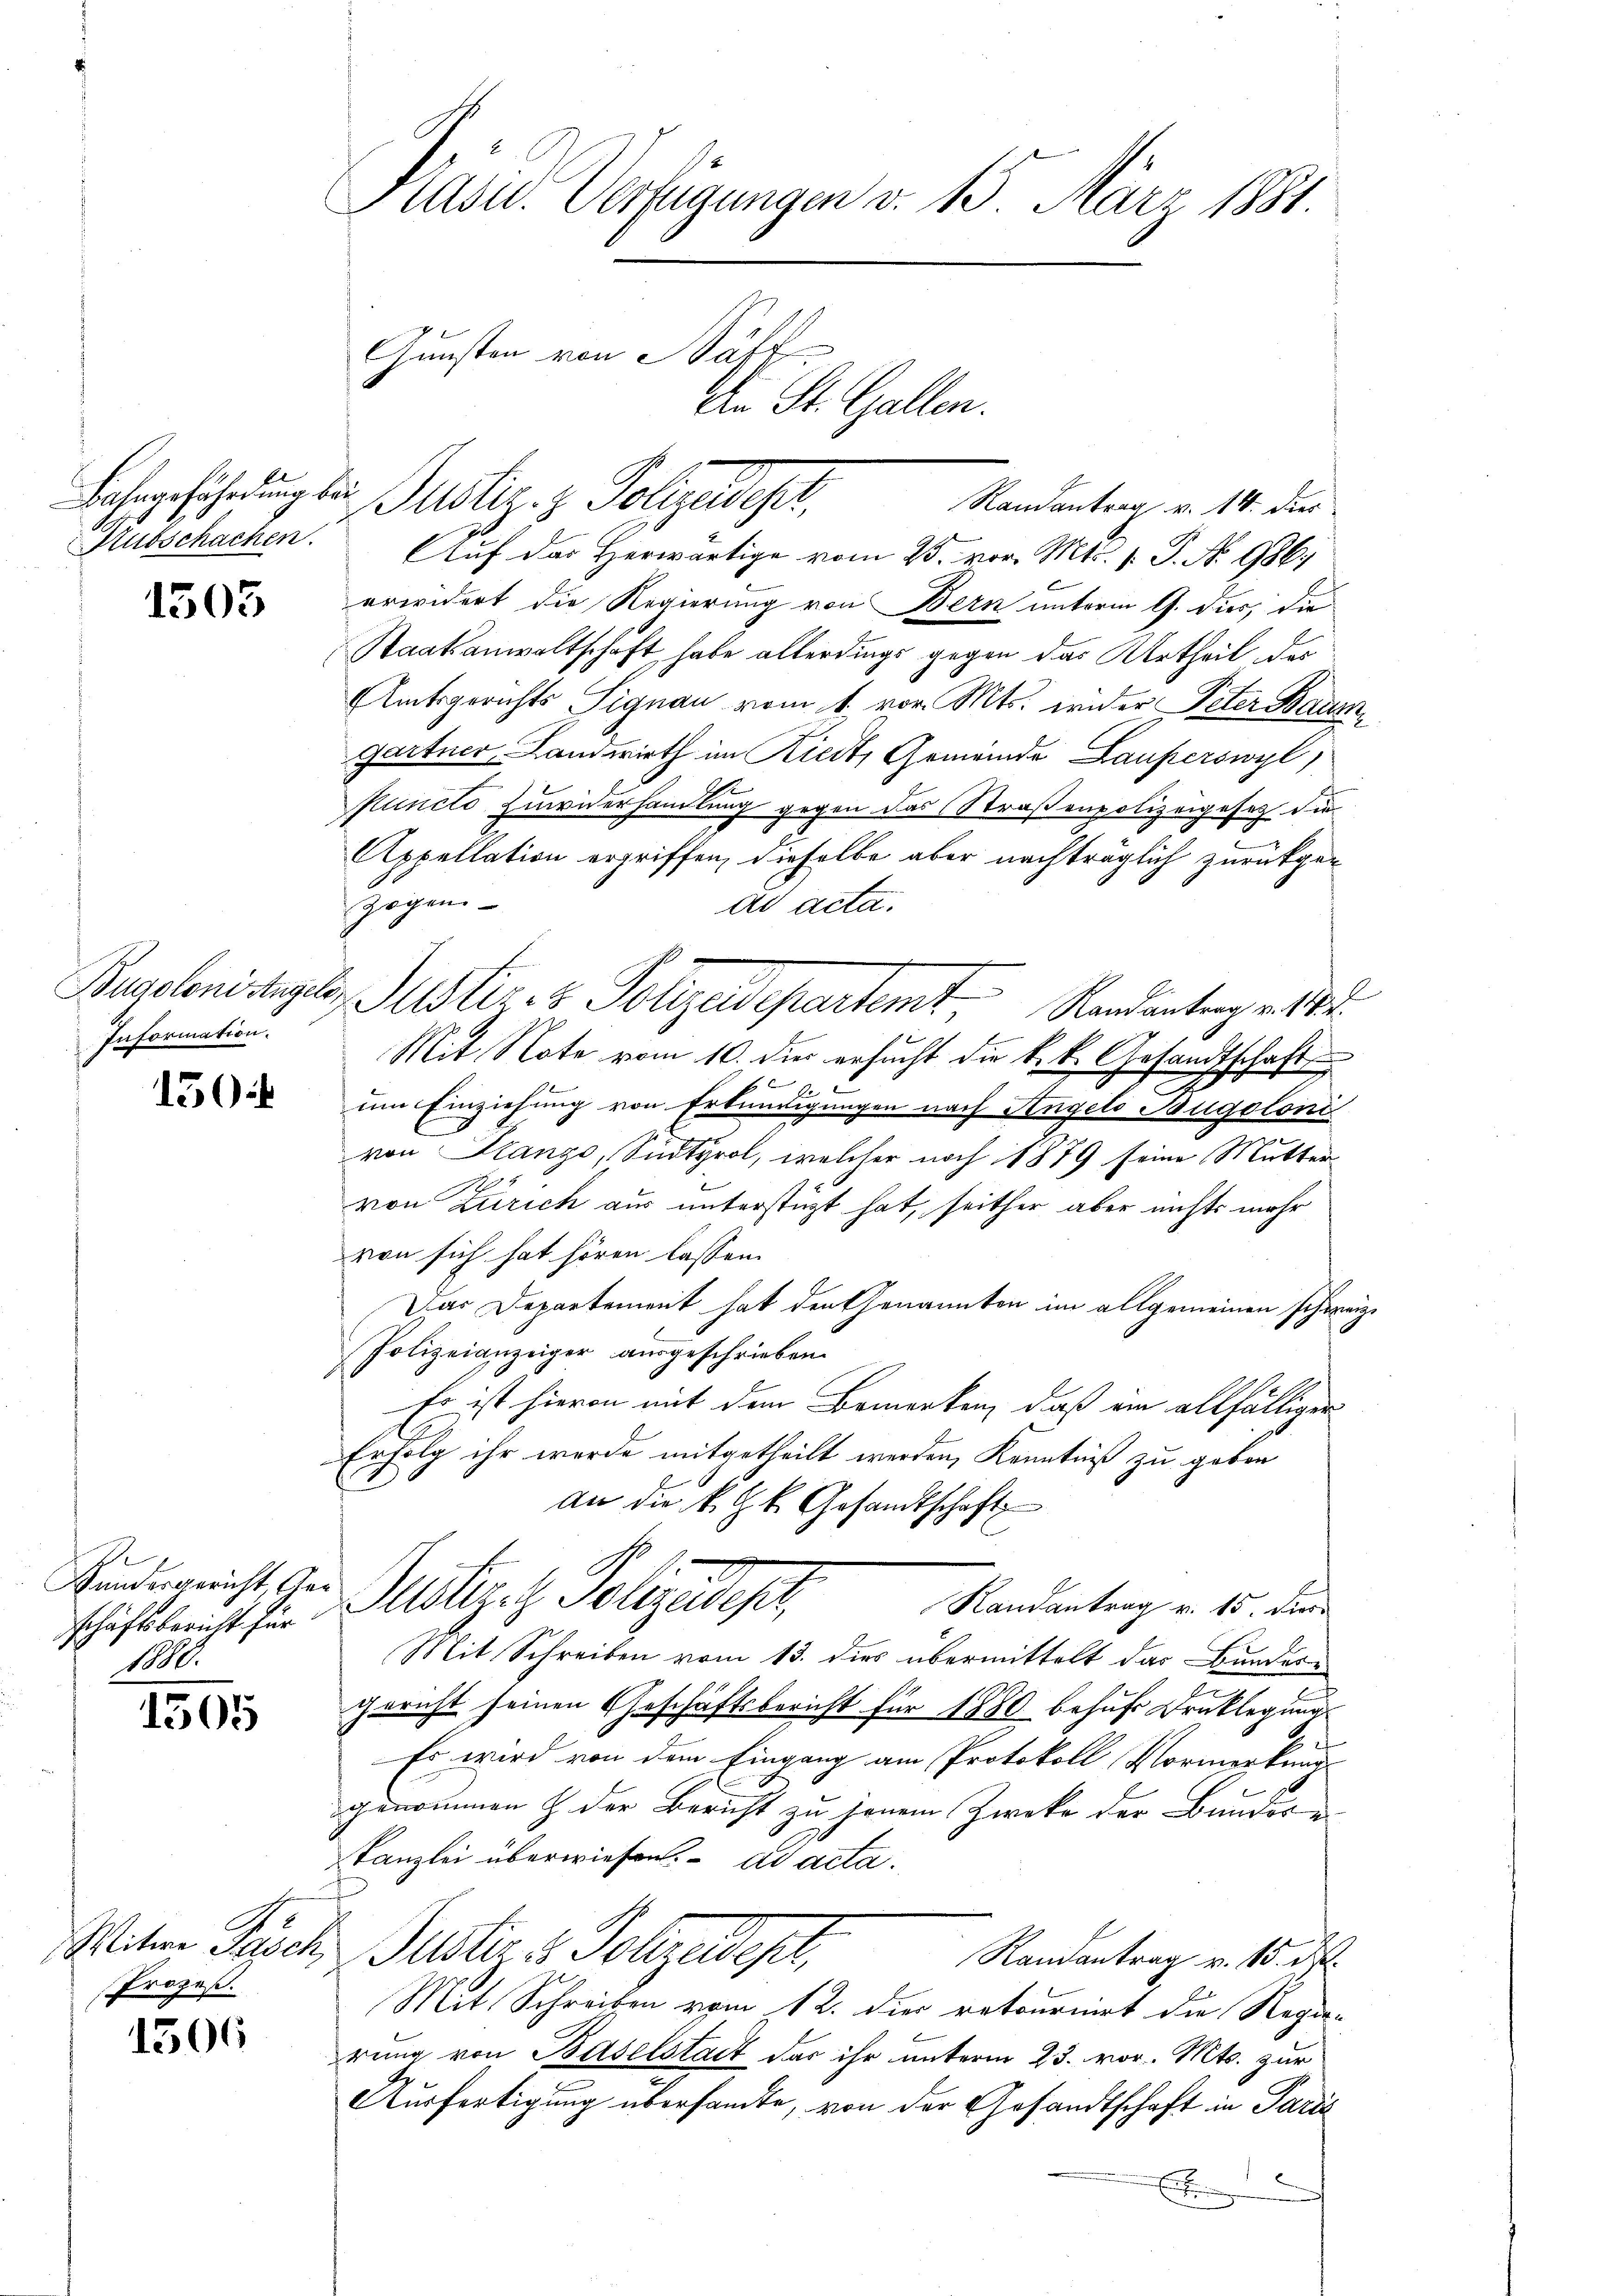
Aubschachen.

1505

Information.

150.

Bundesgericht, Ge
schäftsbericht für
1880.

1505

Prozeß.

1506

Präsid. Verfügungen v. 15. März 1881.
Gunsten von Säff
An St. Gallen.

Randantrag v. 14. dies
Auf das Herwärtige vom 25. vor. Mts. 1. P. No 986.
erwidert die Regierung von Bern unterm 17. dies, die
Staatsanwaltschaft habe allerdings gegen das Urtheil, das
Amtsgerichts Signau vom 1. vor. Mts. wider Peter Baus
gartner, Landwirth im Riedt, Gemeinde Lauperswyl,
Ahe
Puncto Zuwiderhandlung gegen das Straßenpolizeigesez die
Appellation ergriffen, dieselbe aber nachträglich zurückgezogen
ad acta.
7
Bugolenistaglos ustiz- & Polizeidepartemt, Randantrag v. 182.
Mit Note vom 10. dies ersucht die k. k. Gesandtschaft
.
um Einziehung von Erkundigungen nach Angelo Bügoloni
von Planzo, Sidtyrol, welcher noch 1879 seine Muttervon Zürich aus unterstüzt hat, seither aber nichts mehr
von sich hat hören lassen.
Das Departement hat den Genannten im allgemeinen schweize
Polizeianzeiger ausgeschrieben.
Es ist hievon mit dem Bemerken, daß ein allfälliger
Erfolg ihr wurde mitgetheilt werden, Kenntniß zu geben
an die k. k. Gesandtschaft
s
Mützel Polizeidiger,
Randantrag v. 15. Dier
Mit Schreiben vom 13. dies übermittelt das Bundern
Gericht seinen Geschäftsbericht für 1880 behufe Drucklegung
i
Es wird von dem Eingang am Protokoll Vormerkung
genommen & der Bericht zu jenem Zwecke der Bundes¬
Kanzlei überwiesen. ad acta.
Mitern Pasch Justiz & Polizeidest
Randantrag v. 15t
Mit Schreiben vom 12. der retourniert die Rege
rung von Baselstadt das ihr unterm 23. vor. Mts. zur
Ausfertigung übersandte, von der Gesandtschaft in Paris
E

Bahrgefährdung der Justiz- & Polizeidest,

b